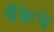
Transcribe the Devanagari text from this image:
बँकेचे